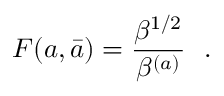
F ( a , \bar { a } ) = { \frac { \beta ^ { 1 / 2 } } { \beta ^ { ( a ) } } } \ \ .